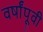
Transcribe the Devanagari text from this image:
वर्षांपूवी